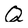
Character: Q